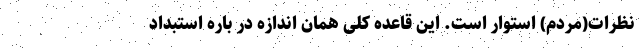
نظرات(مردم) استوار است. این قاعده کلی همان اندازه در باره استبداد